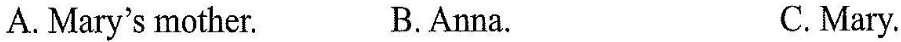
A. Mary's mother. B.Anna. C.Mary.